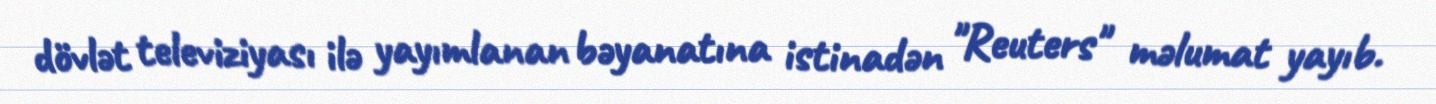
dövlət televiziyası ilə yayımlanan bəyanatına istinadən "Reuters" məlumat yayıb.